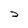
Character: 2